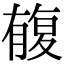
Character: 㬼